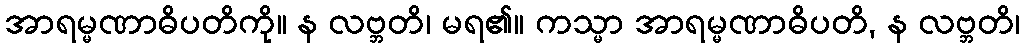
အာရမ္မဏာဓိပတိကို။ န လဗ္ဘတိ၊ မရ၏။ ကသ္မာ အာရမ္မဏာဓိပတိ, န လဗ္ဘတိ၊